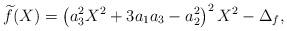
LaTeX: \begin{align*}\widetilde{f}(X) = \left(a_3^2 X^2 + 3a_1a_3 - a_2^2\right)^2 X^2 - \Delta_f ,\end{align*}